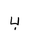
Letter: _ba